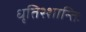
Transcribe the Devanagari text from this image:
धृतिश्शान्तिः